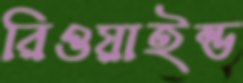
রিওয়াইন্ড